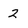
Character: 2